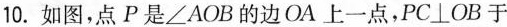
10.如图，点P是∠AOB的边OA上一点，PC⊥OB于